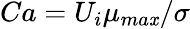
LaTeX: Ca={U_{i}\mu_{ma\mathit{x}}}/{\sigma}